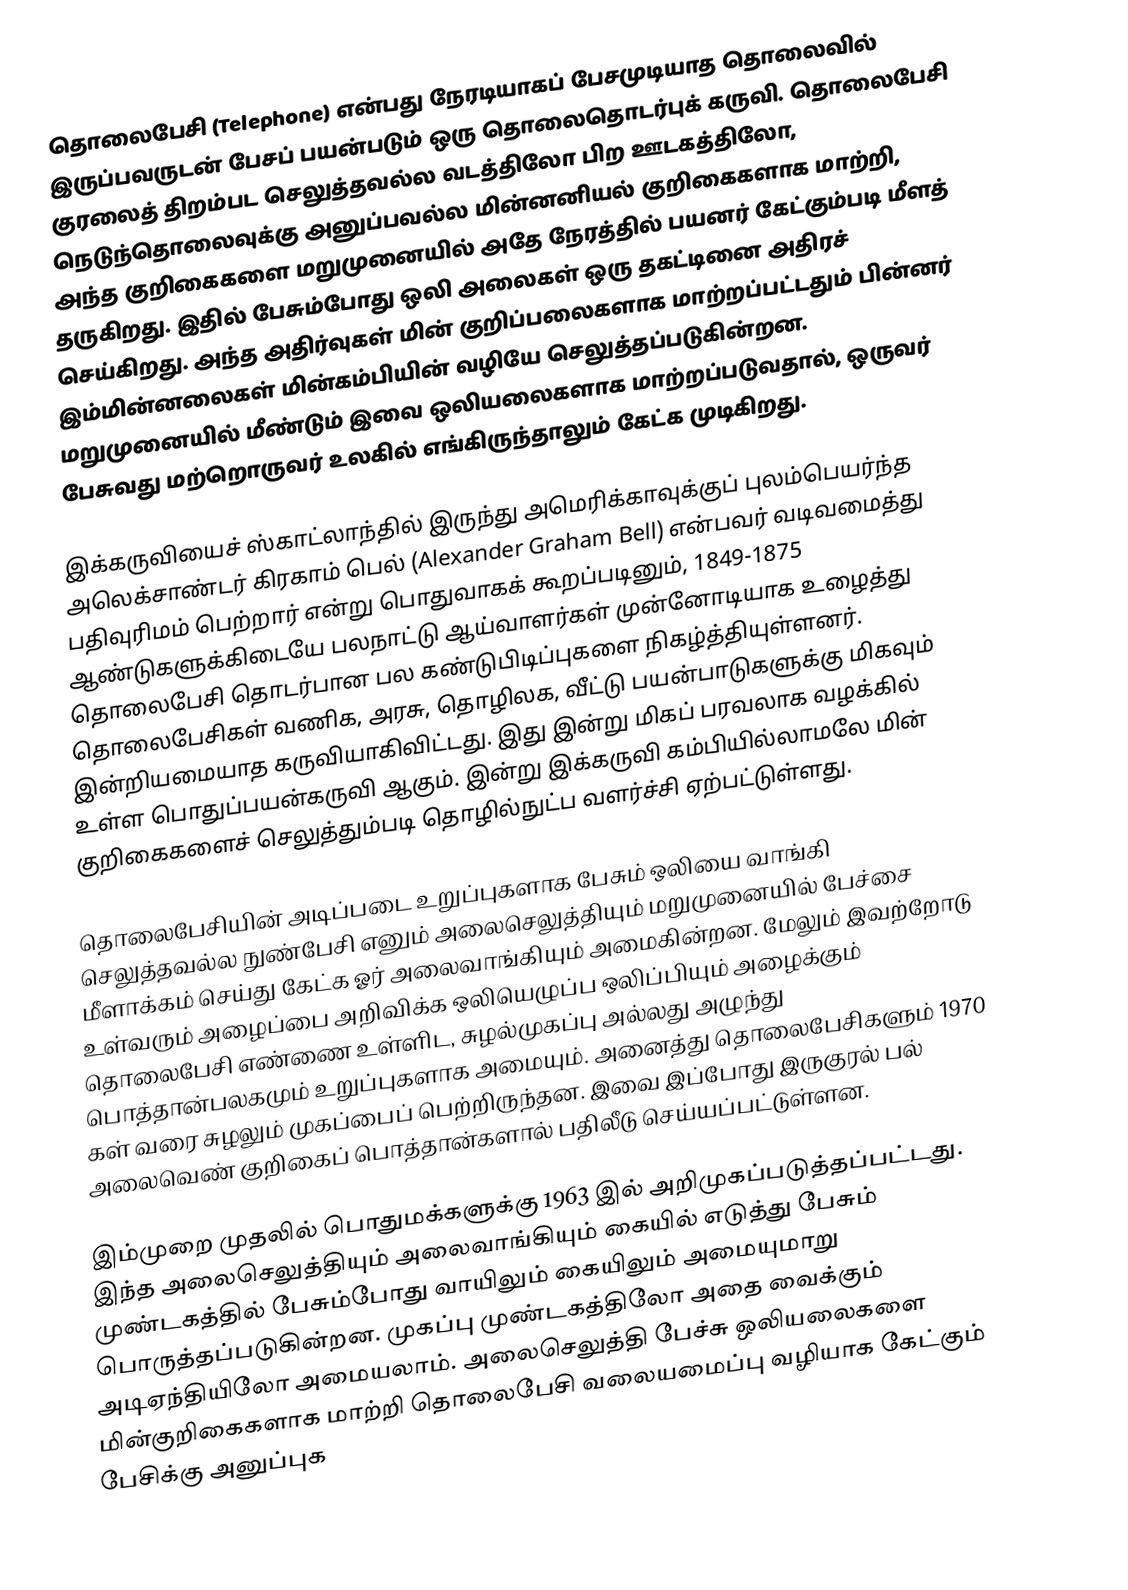
தொலைபேசி (Telephone) என்பது நேரடியாகப் பேசமுடியாத தொலைவில் இருப்பவருடன் பேசப் பயன்படும் ஒரு தொலைதொடர்புக் கருவி. தொலைபேசி குரலைத் திறம்பட செலுத்தவல்ல வடத்திலோ பிற ஊடகத்திலோ, நெடுந்தொலைவுக்கு அனுப்பவல்ல மின்னனியல் குறிகைகளாக மாற்றி, அந்த குறிகைகளை மறுமுனையில் அதே நேரத்தில் பயனர் கேட்கும்படி மீளத் தருகிறது. இதில் பேசும்போது ஒலி அலைகள் ஒரு தகட்டினை அதிரச் செய்கிறது. அந்த அதிர்வுகள் மின் குறிப்பலைகளாக மாற்றப்பட்டதும் பின்னர் இம்மின்னலைகள் மின்கம்பியின் வழியே செலுத்தப்படுகின்றன. மறுமுனையில் மீண்டும்  இவை ஒலியலைகளாக மாற்றப்படுவதால், ஒருவர் பேசுவது மற்றொருவர் உலகில் எங்கிருந்தாலும் கேட்க முடிகிறது.

இக்கருவியைச் ஸ்காட்லாந்தில் இருந்து அமெரிக்காவுக்குப் புலம்பெயர்ந்த  அலெக்சாண்டர் கிரகாம் பெல் (Alexander Graham Bell) என்பவர் வடிவமைத்து பதிவுரிமம் பெற்றார் என்று பொதுவாகக் கூறப்படினும், 1849-1875 ஆண்டுகளுக்கிடையே பலநாட்டு ஆய்வாளர்கள் முன்னோடியாக உழைத்து தொலைபேசி தொடர்பான பல கண்டுபிடிப்புகளை நிகழ்த்தியுள்ளனர். தொலைபேசிகள் வணிக, அரசு, தொழிலக, வீட்டு பயன்பாடுகளுக்கு மிகவும் இன்றியமையாத கருவியாகிவிட்டது. இது இன்று மிகப் பரவலாக வழக்கில் உள்ள பொதுப்பயன்கருவி ஆகும். இன்று இக்கருவி கம்பியில்லாமலே மின் குறிகைகளைச் செலுத்தும்படி தொழில்நுட்ப வளர்ச்சி ஏற்பட்டுள்ளது.

தொலைபேசியின் அடிப்படை உறுப்புகளாக பேசும் ஒலியை வாங்கி செலுத்தவல்ல நுண்பேசி எனும் அலைசெலுத்தியும் மறுமுனையில் பேச்சை மீளாக்கம் செய்து கேட்க ஓர் அலைவாங்கியும் அமைகின்றன. மேலும் இவற்றோடு உள்வரும் அழைப்பை அறிவிக்க ஒலியெழுப்ப ஒலிப்பியும் அழைக்கும் தொலைபேசி எண்ணை உள்ளிட, சுழல்முகப்பு அல்லது அழுந்து பொத்தான்பலகமும் உறுப்புகளாக அமையும். அனைத்து தொலைபேசிகளும் 1970 கள் வரை சுழலும் முகப்பைப் பெற்றிருந்தன. இவை இப்போது இருகுரல் பல் அலைவெண் குறிகைப் பொத்தான்களால் பதிலீடு செய்யப்பட்டுள்ளன.

இம்முறை முதலில் பொதுமக்களுக்கு 1963 இல் அறிமுகப்படுத்தப்பட்டது. இந்த அலைசெலுத்தியும் அலைவாங்கியும் கையில் எடுத்து பேசும் முண்டகத்தில் பேசும்போது வாயிலும் கையிலும் அமையுமாறு பொருத்தப்படுகின்றன. முகப்பு முண்டகத்திலோ அதை வைக்கும் அடிஏந்தியிலோ அமையலாம்.  அலைசெலுத்தி பேச்சு ஒலியலைகளை மின்குறிகைகளாக மாற்றி தொலைபேசி வலையமைப்பு வழியாக கேட்கும் பேசிக்கு அனுப்புக